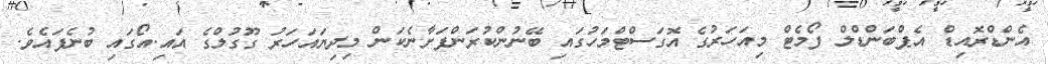
އެންޑްރޮއިޑް އެޕްބަންޑްލް ފޯމެޓް މިއަހަރުގެ އޮގަސްޓްމަހުގައި ބޭނުންކުރަންފަށާނެކަން މިދިޔައަހަރު ގޫގުލްގެ އައި.އޯގައި ބުނެފައެވެ.